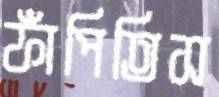
ফাঁপিতিস